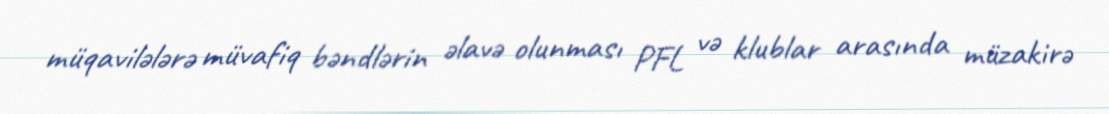
müqavilələrə müvafiq bəndlərin əlavə olunması PFL və klublar arasında müzakirə